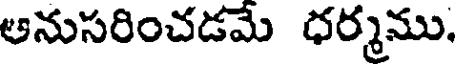
ఆనుసరించడమే ధర్మము.